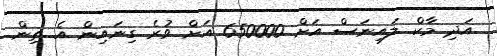
އަދި މާކް ލައިނަސް އަށް 650000 އަށް ވުރެ ގިނައިން އެ ތިން